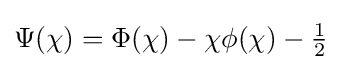
\Psi (\chi )=\Phi (\chi )-\chi \phi (\chi )-{\tfrac {1}{2}}